Annual administration report of the Civil Veterinary Department of India - 1893-1894
Year: 1893
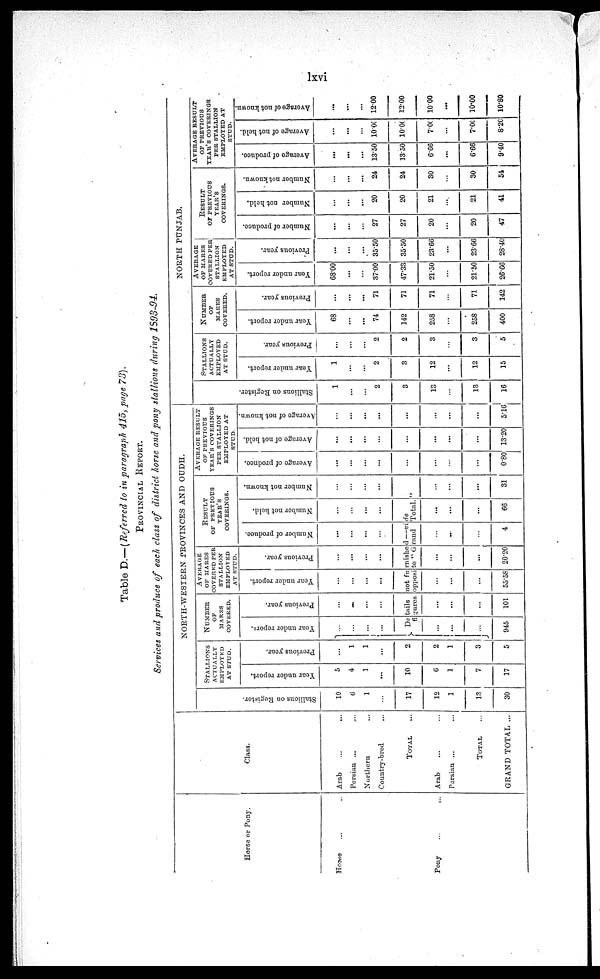
lxvi
Table D.—(Referred to in paragraph 415, page 73).
PROVINCIAL REPORT.
Services and produce of each class of district horse and pony stallions during 1893-94.
Horse or Pony.
House ... ...
Pony ... ...
Class.
Arab
...
...
Persian ... ...
Northern ...
Country-bred ...
TOTAL ...
Arab ... ...
Persian ... ...
TOTAL ...
GRAND TOTAL ...
NORTH-WESTERN PROVINCES AND OUDH.
St al l
i
ons on Regi s t
er .
10
6
1
...
17
12
1
13
30
STALLIONS
ACTUALLY
EMPLOYED
AT STUD.
Year under report.
5
4
1
...
10
6
1
7
17
Provious year.
...
1
1
...
2
2
1
3
5
NUMBER
OF
MARES
COVERED.
Year under report.
...
...
...
...
Previous year.
...
...
...
...
AVERAGE
OF MARES
COVERED PER
STALLION
EMPLOYED
AT STUD.
Year under report.
...
...
...
...
Previous year.
...
...
...
...
RESULT
OF PREVIOUS
YEAR'S
COVERINGS.
Number of produce.
...
...
...
...
Number not held.
...
...
...
Number not known.
...
...
Details not furnished—vide
...
figures opposite "Grand
Total."
...
...
...
945
...
...
...
101
...
...
...
55.58
...
...
...
20.20
...
...
...
4
...
...
...
66
...
...
...
31
AVERAGE RESULT
OF PREVIOUS
YEAR'S COVERINGS
PER STALLION
EMPLOYED AT
STUD.
Average of produce.
...
...
...
...
...
...
...
...
0.80
Average of not held.
...
...
...
...
...
...
...
...
13.20
Average of not known.
...
...
...
...
...
...
...
...
5.16
NORTH PUNJAB.
St al l
i
ons on Regi st er .
1
...
...
2
3
13
...
13
16
STALLIONS
ACTUALLY
EMPLOYED
AT STUD.
Year under report.
1
...
...
2
3
12
...
12
15
Previous year.
...
...
...
2
2
3
...
3
5
NUMBER
OF
MARES
COVERED.
Year under report
68
...
...
74
142
258
...
258
400
Previous year.
...
...
...
71
71
71
...
71
142
AVERAGE
OF MARES
COVERED PER
STALLION
EMPLOYED
AT STUD.
Year under report.
68.00
...
37.00
47.33
21.50
...
21.50
26.66
Previous year.
...
...
...
35.50
35.50
23.66
...
23.66
28.40
RESULT
OF PREVIOUS
YEAR'S
COVERINGS.
Number of produce.
...
...
...
27
27
20
...
20
47
Number not held.
...
...
...
20
20
21
...
21
41
Number not known.
...
...
...
24
24
30
...
30
54
AVERAGE RESULT
OF PREVIOUS
YEAR'S COVERINGS
PER STALLION
EMPLOYED AT
STUD.
Average of produce.
...
...
...
13.50
13.50
6.66
...
666
9.40
Average of not held.
...
...
...
10.00
10.00
7.00
...
7.00
8.20
Average of not known.
...
...
...
12.00
12.00
1000
...
10.00
10.80